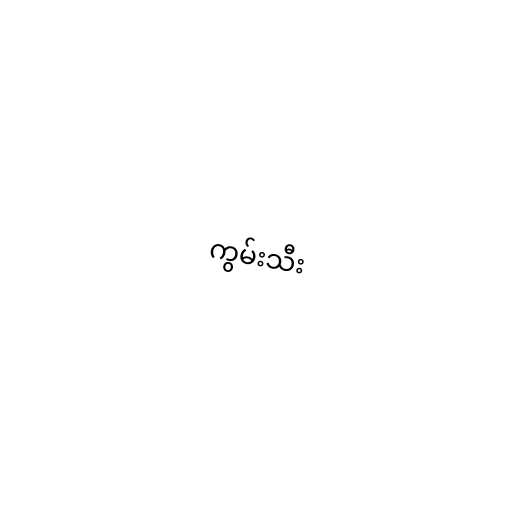
ကွမ်းသီး